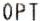
OPT